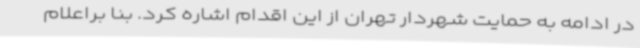
در ادامه به حمایت شهردار تهران از این اقدام اشاره کرد. بنا براعلام